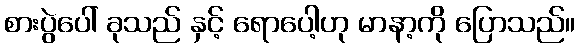
စားပွဲပေါ် ခုသည် နှင့် ရောပေါ့ဟု မာနာ့ကို ပြောသည်။